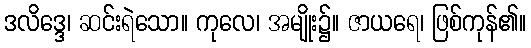
ဒလိဒ္ဒေ၊ ဆင်းရဲသော။ ကုလေ၊ အမျိုး၌။ ဇာယရေ၊ ဖြစ်ကုန်၏။